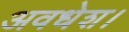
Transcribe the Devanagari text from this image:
अवधेश।